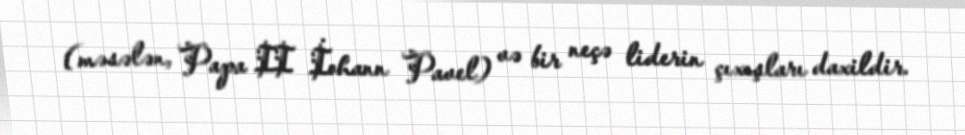
(məsələn, Papa II İohann Pavel) və bir neçə liderin çıxışları daxildir.